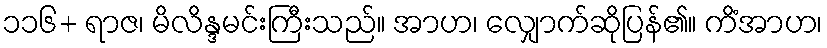
၁၁၆+ ရာဇ၊ မိလိန္ဒမင်းကြီးသည်။ အာဟ၊ လျှောက်ဆိုပြန်၏။ ကိံအာဟ၊